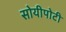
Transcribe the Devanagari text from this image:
सोयीपोटी